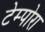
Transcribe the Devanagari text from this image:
टेम्पोरा